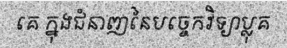
គេ ក្នុងជំនាញនៃបច្ចេកវិទ្យាប្លុគ